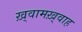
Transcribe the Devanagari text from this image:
ख़्वामख़्वाह